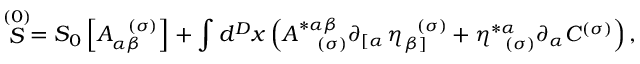
\stackrel { ( 0 ) } { S } = S _ { 0 } \left[ A _ { \alpha \beta } ^ { \; \; \; ( \sigma ) } \right] + \int d ^ { D } x \left( A _ { \; \; \; \; ( \sigma ) } ^ { * \alpha \beta } \partial _ { \left[ \alpha \right. } \eta _ { \left. \beta \right] } ^ { \; \; \; ( \sigma ) } + \eta _ { \; \; \; ( \sigma ) } ^ { * \alpha } \partial _ { \alpha } C ^ { ( \sigma ) } \right) ,